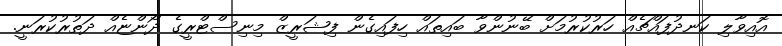
އޮއިވާލި ކަނދުފައްޗެއް ހަރުކުރުމަށް ބޭނުންވާ ބައިތައް ހިފައިގެން ފިޝަރީޒް މިނިސްޓްރީގެ ދޯންޏެއް ދަތުރުކުރަނީ.